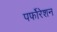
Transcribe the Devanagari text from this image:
पर्फोरेशन